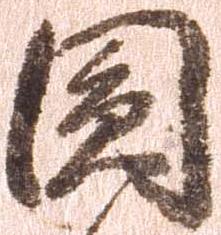
円